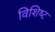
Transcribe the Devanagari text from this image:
विशिष्‍ट